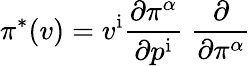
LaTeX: \pi^{*}(v)=v^{\mathrm{i}}{\frac{\partial\pi^{\alpha}}{\partial p^{\mathrm{i}}}}\; {\frac{\partial}{\partial\pi^{\alpha}}}